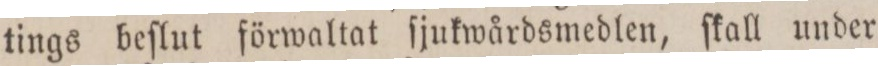
tings beſlut förwaltat ſjukwårdsmedlen, ſkall under